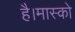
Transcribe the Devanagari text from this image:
है।मास्को